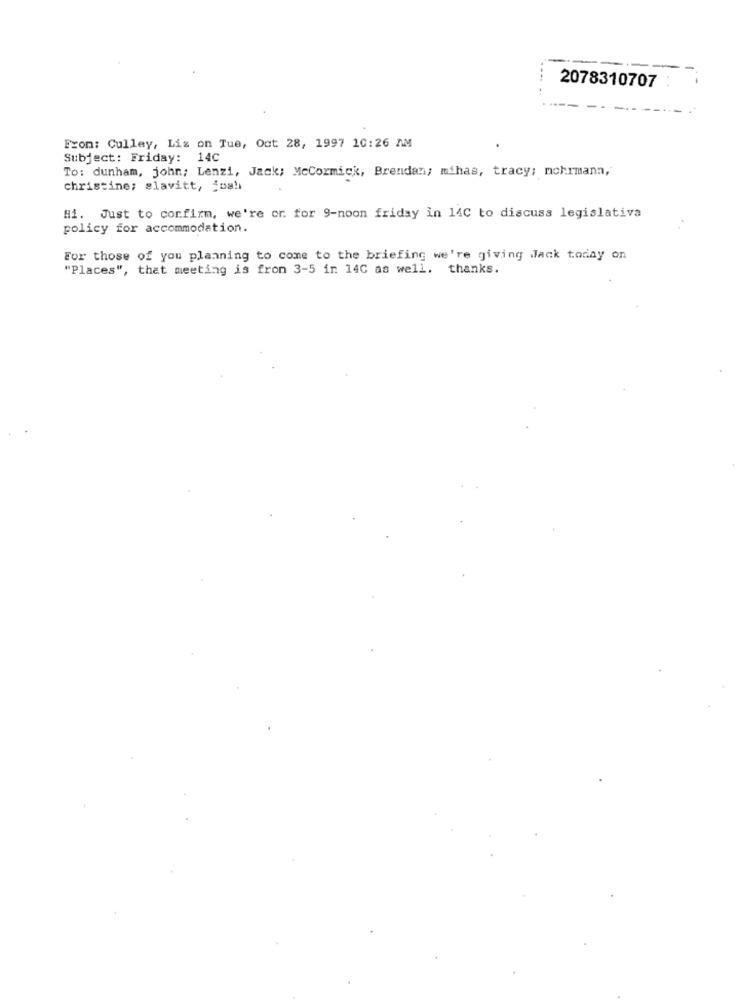
2078310707 :
From: Culley, Liz on Tue, Oct 28, 1997 10:26 AM
Subject: Friday: 14C
To: dunham, john; Lenzi, Jack; McCormick, Brendan; mihas, tracy; mohrmann,
christine; slavitt, josh
Hi. Just to confirm, we're or. for 9-noon friday in 14C to discuss legislativa
policy for accommodation.
For those of you planning to come to the briefing we're giving Jack today on
"Places", that meeting is fron 3-5 in 14C as well. thanks.